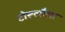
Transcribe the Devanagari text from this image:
टोरूलौसा